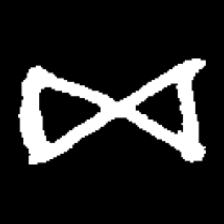
Pyu character \u2014 Myanmar letter: ဆ (romanized: cha)